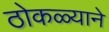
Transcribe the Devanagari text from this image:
ठोकळ्याने